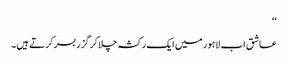
‘‘
عاشق اب لاہور میں ایک رکشہ چلا کر گزر بسر کرتے ہیں۔